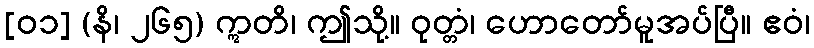
[၀၁] (နိ၊ ၂၆၅) ဣတိ၊ ဤသို့။ ဝုတ္တံ၊ ဟောတော်မူအပ်ပြီ။ ဧဝံ၊